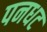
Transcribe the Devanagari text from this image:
पनधट